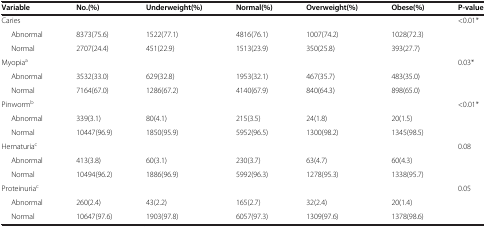
<table><thead><tr><td><b>Variable</b></td><td><b>No.(%)</b></td><td><b>Underweight(%)</b></td><td><b>Normal(%)</b></td><td><b>Overweight(%)</b></td><td><b>Obese(%)</b></td><td><b>P-value</b></td></tr></thead><tbody><tr><td>Caries</td><td> </td><td> </td><td> </td><td> </td><td> </td><td>&lt;0.01*</td></tr><tr><td>Abnormal</td><td>8373(75.6)</td><td>1522(77.1)</td><td>4816(76.1)</td><td>1007(74.2)</td><td>1028(72.3)</td><td> </td></tr><tr><td>Normal</td><td>2707(24.4)</td><td>451(22.9)</td><td>1513(23.9)</td><td>350(25.8)</td><td>393(27.7)</td><td> </td></tr><tr><td>Myopia<sup>a</sup></td><td> </td><td> </td><td> </td><td> </td><td> </td><td>0.03*</td></tr><tr><td>Abnormal</td><td>3532(33.0)</td><td>629(32.8)</td><td>1953(32.1)</td><td>467(35.7)</td><td>483(35.0)</td><td> </td></tr><tr><td>Normal</td><td>7164(67.0)</td><td>1286(67.2)</td><td>4140(67.9)</td><td>840(64.3)</td><td>898(65.0)</td><td> </td></tr><tr><td>Pinworm<sup>b</sup></td><td> </td><td> </td><td> </td><td> </td><td> </td><td>&lt;0.01*</td></tr><tr><td>Abnormal</td><td>339(3.1)</td><td>80(4.1)</td><td>215(3.5)</td><td>24(1.8)</td><td>20(1.5)</td><td> </td></tr><tr><td>Normal</td><td>10447(96.9)</td><td>1850(95.9)</td><td>5952(96.5)</td><td>1300(98.2)</td><td>1345(98.5)</td><td> </td></tr><tr><td>Hematuria<sup>c</sup></td><td> </td><td> </td><td> </td><td> </td><td> </td><td>0.08</td></tr><tr><td>Abnormal</td><td>413(3.8)</td><td>60(3.1)</td><td>230(3.7)</td><td>63(4.7)</td><td>60(4.3)</td><td> </td></tr><tr><td>Normal</td><td>10494(96.2)</td><td>1886(96.9)</td><td>5992(96.3)</td><td>1278(95.3)</td><td>1338(95.7)</td><td> </td></tr><tr><td>Proteinuria<sup>c</sup></td><td> </td><td> </td><td> </td><td> </td><td> </td><td>0.05</td></tr><tr><td>Abnormal</td><td>260(2.4)</td><td>43(2.2)</td><td>165(2.7)</td><td>32(2.4)</td><td>20(1.4)</td><td> </td></tr><tr><td>Normal</td><td>10647(97.6)</td><td>1903(97.8)</td><td>6057(97.3)</td><td>1309(97.6)</td><td>1378(98.6)</td><td> </td></tr></tbody></table>